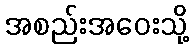
အစည်းအဝေးသို့